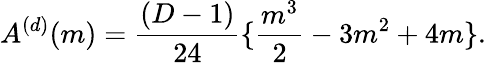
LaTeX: A^{(d)}(m)=\frac{(D-1)}{24}\{ \frac{m^{3}}{2}-3m^{2}+4m\} .